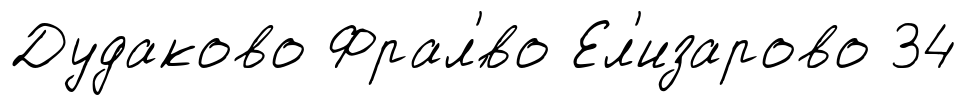
Дудаково Фрал'́во Ел'изарово 34